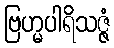
ဗြဟ္မပါရိသဇ္ဇံ